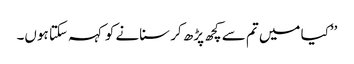
’’کیا میں تم سے کچھ پڑھ کر سنانے کو کہہ سکتا ہوں۔